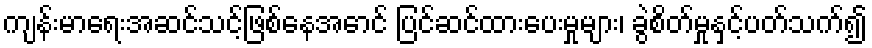
ကျန်းမာရေးအဆင်သင့်ဖြစ်နေအောင် ပြင်ဆင်ထားပေးမှုများ၊ ခွဲစိတ်မှုနှင့်ပတ်သက်၍